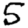
Digit: 5